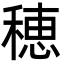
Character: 穂